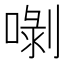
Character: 𠺣